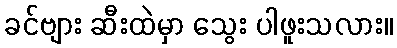
ခင်ဗျား ဆီးထဲမှာ သွေး ပါဖူးသလား။